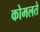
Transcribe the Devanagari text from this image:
कोमलते